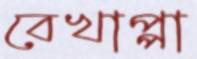
বেখাপ্পা